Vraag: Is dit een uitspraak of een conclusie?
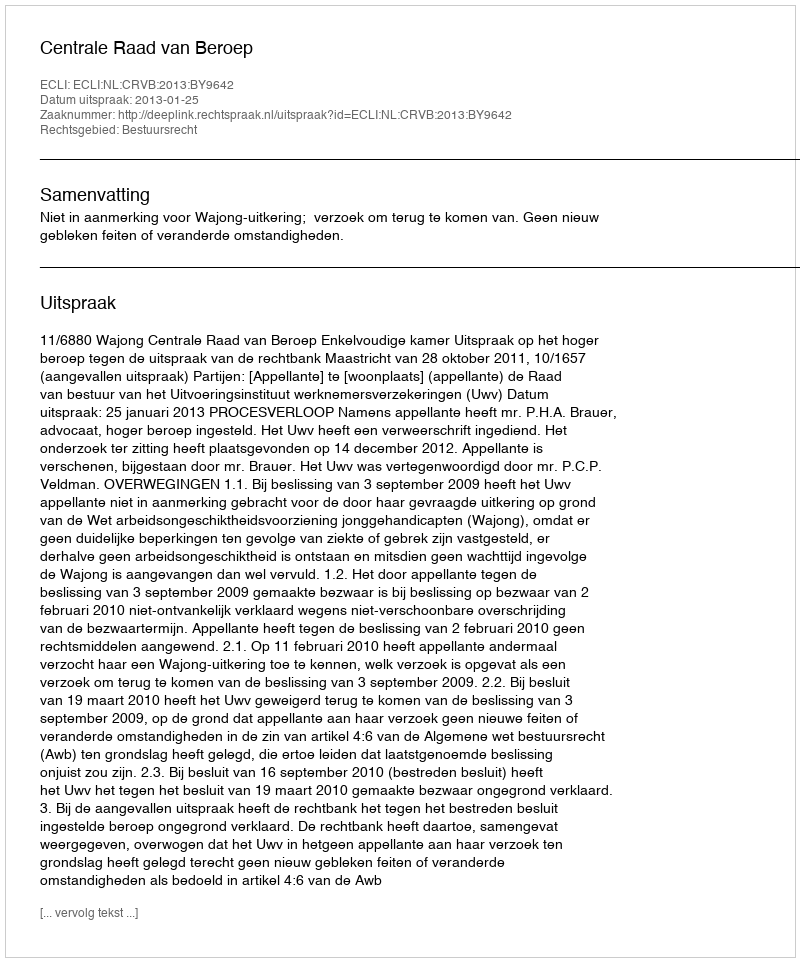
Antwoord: Uitspraak